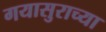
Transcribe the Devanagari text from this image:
गयासुराच्या